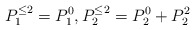
\begin{align*}P_1^{\leq 2} = P_1^0, P_2^{\leq 2} = P_2^0 + P_2^2 \end{align*}